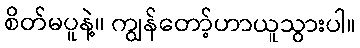
စိတ်မပူနဲ့။ ကျွန်တော့်ဟာယူသွားပါ။